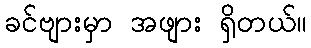
ခင်ဗျားမှာ အဖျား ရှိတယ်။